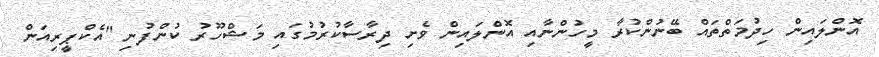
އޮންލައިން ހިދުމަތްތައް ބޭނުންކުރާ މީހުންނާއި އޮންލައިން ވެށި ދިރާސާކުރުމުގައި މަޝްހޫރު ކުންފުނި "އެކްޕީރިއަން